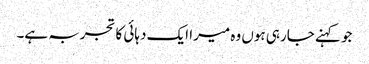
جو کہنے جارہی ہوں وہ میرا ایک دہائی کا تجربہ ہے۔